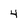
Character: 4